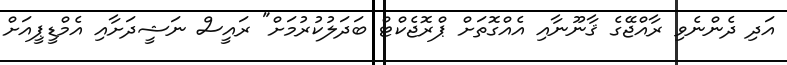
އަދި ދެންނެވި ރާއްޖޭގެ ޤާނޫނާއި އެއްގޮތަށް ޕްރޮޖެކްޓް ބަދަލުކުރުމަށް" ރައީސް ނަޝީދަށާއި އެމްޑީޕީއަށް